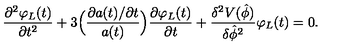
\frac { \partial ^ { 2 } \varphi _ { L } ( t ) } { \partial t ^ { 2 } } + 3 \Bigl ( \frac { \partial a ( t ) / \partial t } { a ( t ) } \Bigr ) \frac { \partial \varphi _ { L } ( t ) } { \partial t } + \frac { \delta ^ { 2 } V ( \hat { \phi } ) } { \delta \hat { \phi } ^ { 2 } } \varphi _ { L } ( t ) = 0 .